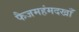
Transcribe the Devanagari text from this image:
फैजमहंमदखाँ